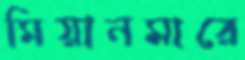
মিয়ানমারে